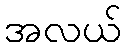
အလယ်